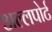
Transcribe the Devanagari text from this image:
अल्लपोर्ट